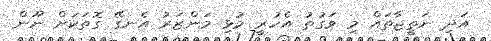
އަދި ނަތީޖާތައް މި ވަގުތު އެހުރީ މުޅި މަންޒަރު އެނގޭ ގޮތަކަށް ނޫން